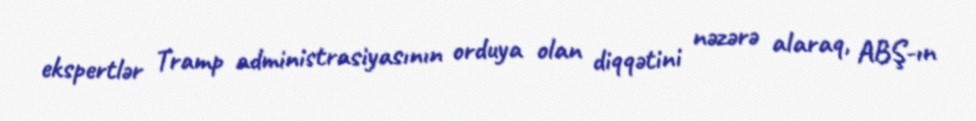
ekspertlər Tramp administrasiyasının orduya olan diqqətini nəzərə alaraq, ABŞ-ın